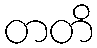
တတိ